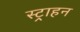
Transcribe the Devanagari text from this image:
स्ट्राहन